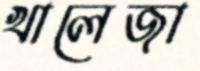
খালেজা